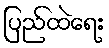
ပြည်ထဲရေး